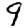
Digit: 9